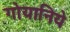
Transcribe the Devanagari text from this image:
गोयानिये